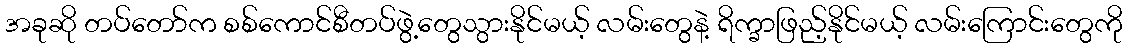
အခုဆို တပ်တော်က စစ်ကောင်စီတပ်ဖွဲ့တွေသွားနိုင်မယ့် လမ်းတွေနဲ့ ရိက္ခာဖြည့်နိုင်မယ့် လမ်းကြောင်းတွေကို